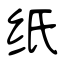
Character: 纸